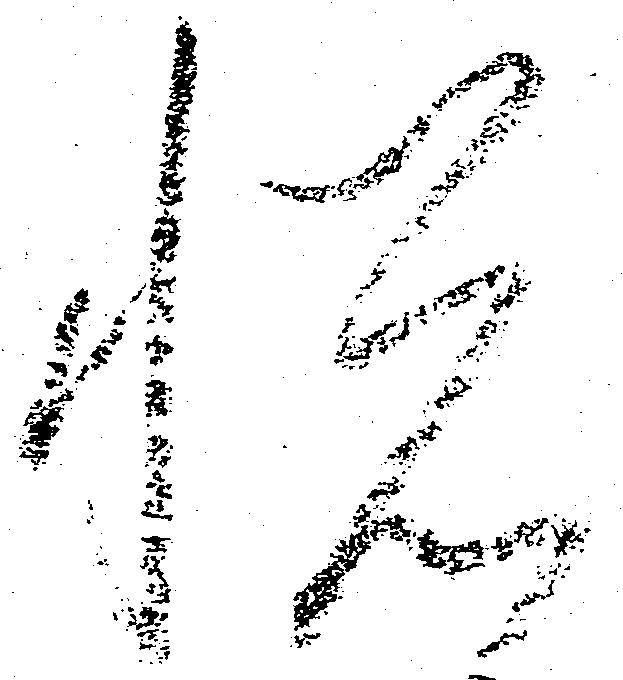
悦